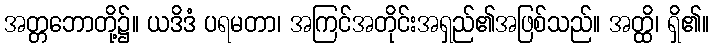
အတ္တဘောတို့၌။ ယဒိဒံ ပရမတာ၊ အကြင်အတိုင်းအရှည်၏အဖြစ်သည်။ အတ္ထိ၊ ရှိ၏။